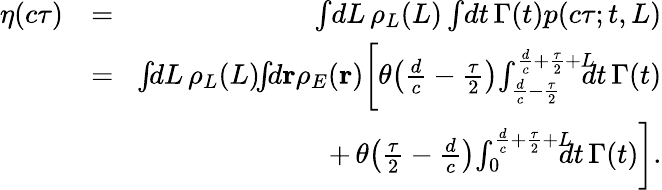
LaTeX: \begin{array}{rlr}{\eta(c\tau)}&{=}&{\int\! dL\, \rho_{L}(L)\int\! dt\, \Gamma(t)p(c\tau;t,L)}\\ &{=}&{\! \int\! \! dL\, \rho_{L}(L)\! \! \int\! \! d\mathbf{r}\rho_{E}(\mathbf{r})\bigg[\theta\! \left(\frac{d}{c}-\frac{\tau}{2}\right)\! \int_{\frac{d}{c}-\frac{\tau}{2}}^{\frac{d}{c}+\frac{\tau}{2}+L}\! \! \! \! dt\, \Gamma(t)}\\ &{}&{+\, \theta\! \left(\frac{\tau}{2}-\frac{d}{c}\right)\! \int_{0}^{\frac{d}{c}+\frac{\tau}{2}+L}\! \! \! \! dt\, \Gamma(t)\bigg].}\end{array}